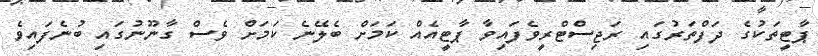
ޕާޓީތަކުގެ ދަފްތަރުގައި ރަޖިސްޓްރީވެފައިވާ ޕާޓީއެއް ކަމަށް ބެލޭނެ ކަމަށް ވެސް ގާނޫނުގައި ބުނެފައިވެ